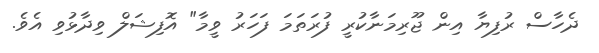
ދެހާސް ރުފިޔާ އިން ޖޫރިމަނާކުރީ ފުރަތަމަ ފަހަރު ވީމާ" އޮފިޝަލް ވިދާޅުވި އެވެ.